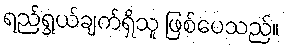
ရည်ရွယ်ချက်ရှိသူ ဖြစ်ပေသည်။